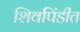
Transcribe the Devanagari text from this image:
शिवपिंडीत